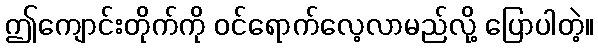
ဤကျောင်းတိုက်ကို ဝင်ရောက်လေ့လာမည်လို့ ပြောပါတဲ့။